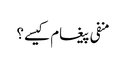
منفی پیغام کیسے؟